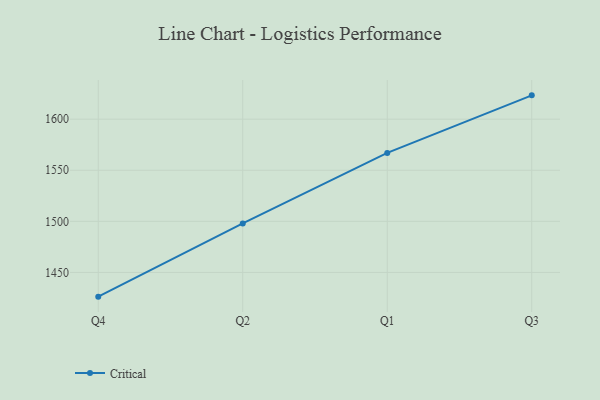
{"axis": {"x": "Quarter", "y": "Energy Usage (MWh)"}, "legend": ["Critical"], "data": [{"x": "Q4", "y": 1426.3, "type": "Critical"}, {"x": "Q2", "y": 1498.0, "type": "Critical"}, {"x": "Q1", "y": 1567.0, "type": "Critical"}, {"x": "Q3", "y": 1623.3, "type": "Critical"}]}